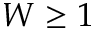
W \geq 1